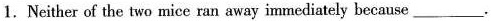
1.Neither of the two mice ran away immediately because___